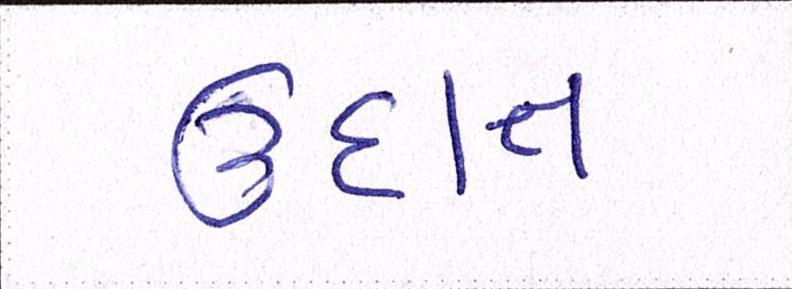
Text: ઉદાત્ત